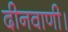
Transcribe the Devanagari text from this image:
दीनवाणी।